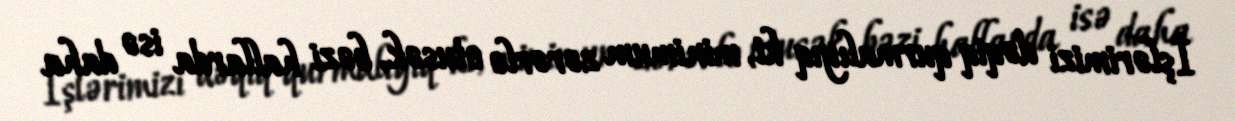
İşlərimizi dəqiq qurmalıyıq ki, minimum zərərlə otusək, bəzi hallarda isə daha